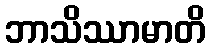
ဘာသိဿာမာတိ